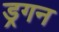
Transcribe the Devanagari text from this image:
ड्रगन